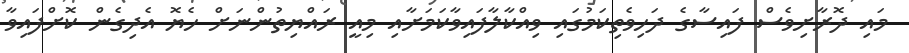
މައި ދޮރާށިވެސް ފައިސާގެ ދަހިވެތިކަމުގައި ވިއްކާލާފައިވާކަމަށާއި މިއީ ރައްޔިތުންނަށް ހެޔޮ އެދިގެން ކޮށްފައިވާ